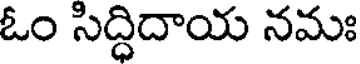
ఓం సిద్ధిదాయ నమః